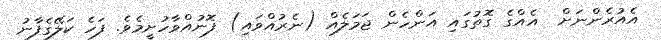
އެއުރެންނަށް  އެއްގެ ގޮތުގައި އަންހެން ޖަމަލެއް (ނެރުއްވައި) ފޮނުއްވާހުށީމެވެ. ފަހެ ކަލޭގެފާނު